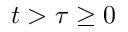
t > \tau \geq 0